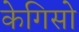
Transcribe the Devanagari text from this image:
केगिसो